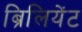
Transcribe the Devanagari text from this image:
ब्रिलियेंट